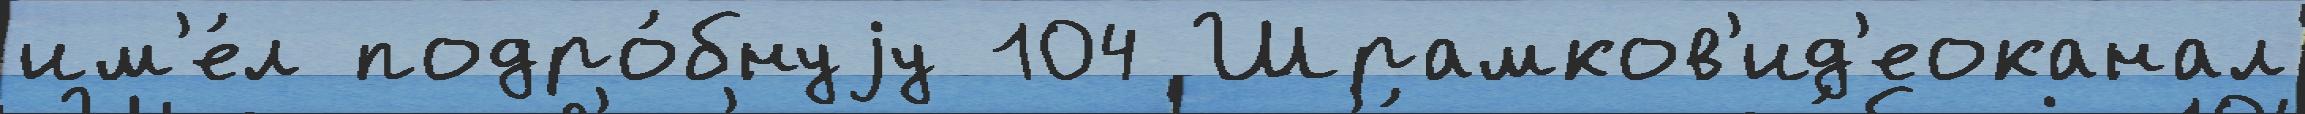
им'е́л подро́бнуjу 104 Шрамков'ид'еоканал